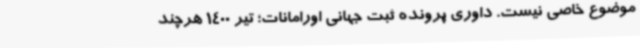
موضوع خاصی نیست. داوری پرونده ثبت جهانی اورامانات؛ تیر 1400 هرچند